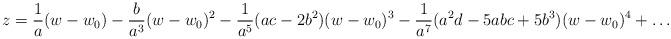
LaTeX: \begin{align*}z=\frac{1}{a}(w-w_{0})-\frac{b}{a^{3}}(w-w_{0})^{2}-\frac{1}{a^{5}}(ac-2b^{2})(w-w_{0})^{3}-\frac{1}{a^{7}}(a^{2}d-5abc+5b^{3})(w-w_{0})^{4}+\ldots\end{align*}